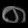
Digit: ၈